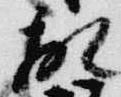
故